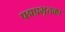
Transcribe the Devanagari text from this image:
पद्मप्रभृतका